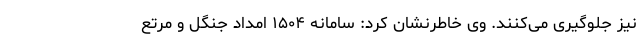
نیز جلوگیری می‌کنند. وی خاطرنشان کرد: سامانه ۱۵۰۴ امداد جنگل و مرتع